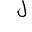
Letter: _lam